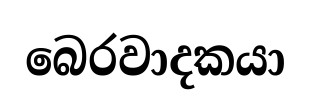
බෙරවාදකයා